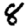
Digit: 8